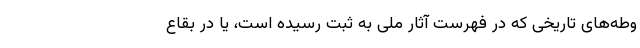
وطه‌های تاریخی که در فهرست آثار ملی به ثبت رسیده است، یا در بقاع